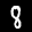
Label: 8